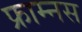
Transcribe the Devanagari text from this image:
फ्राम्नस